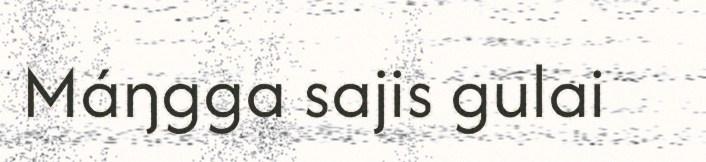
Máŋgga sajis gulai